Kures,_Voldemar, lk 10
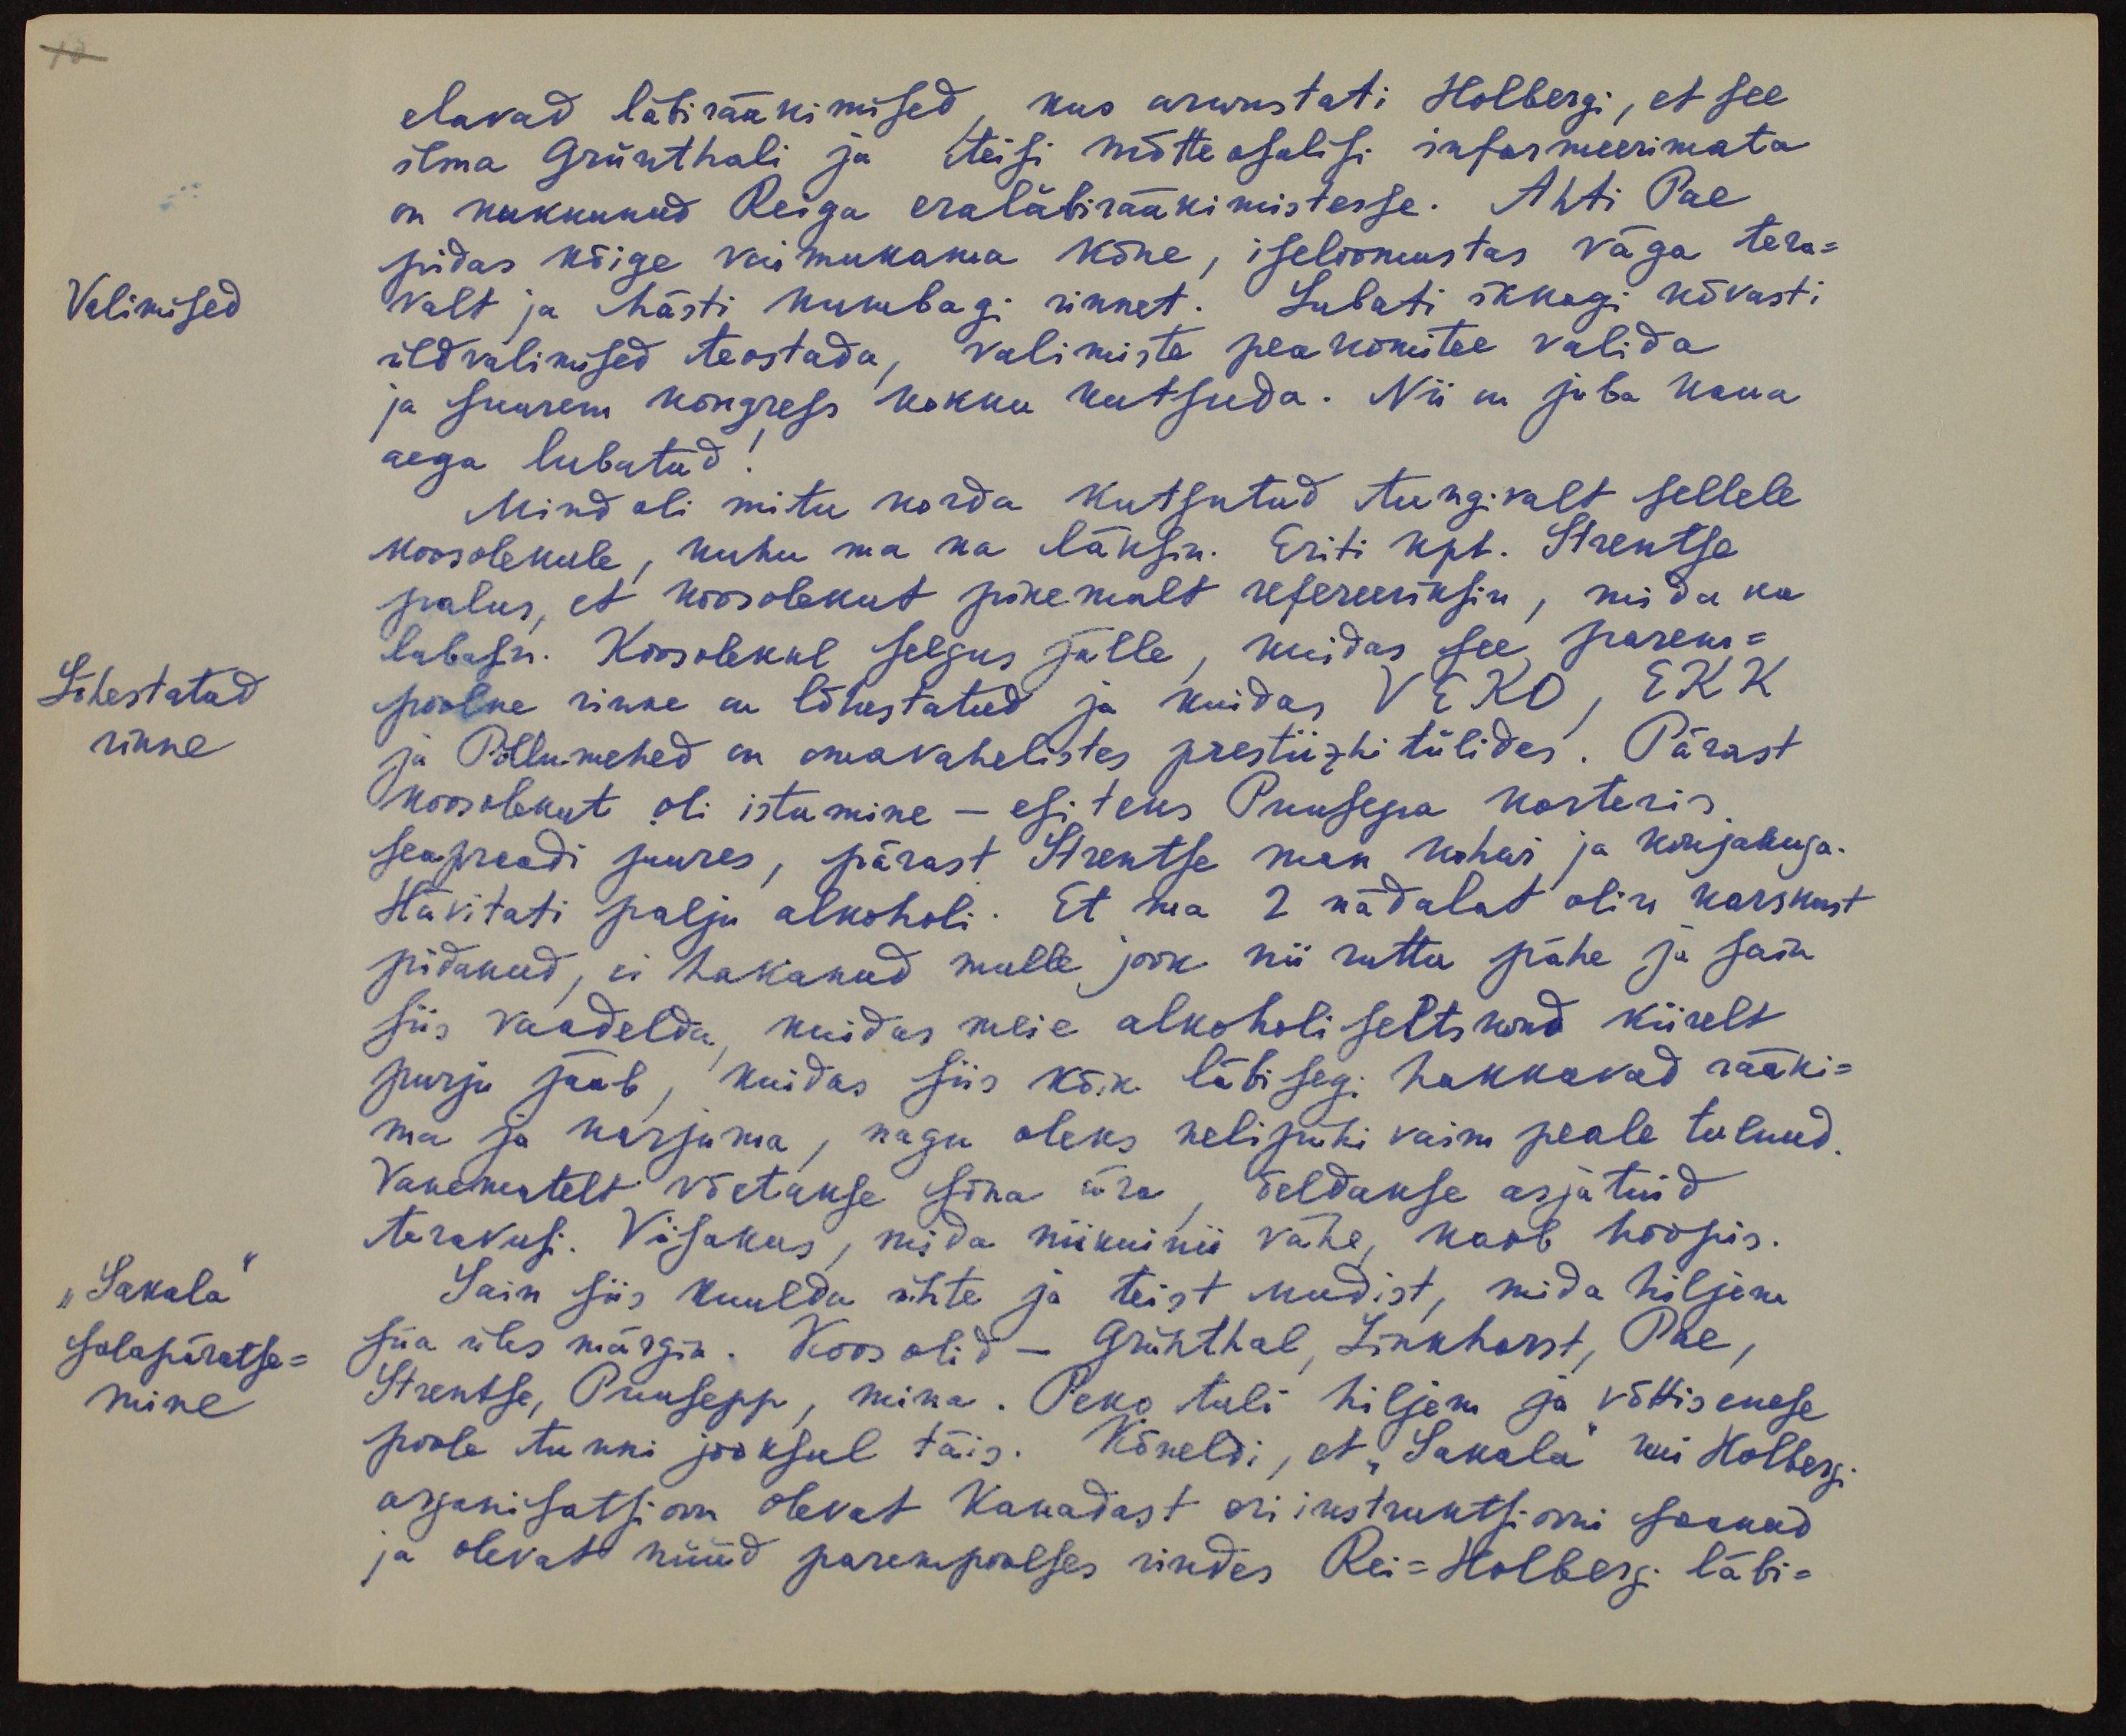
elavad läbirääkimised, kus arwustati Holbergi, et see
ilma Grünthali ja teisi mõtteosalisi informeerimata
on kukkunud Reiga eraläbirääkimistesse. Ahti Pae
pidas kõige vaimukama kõne, iseloomustas väga tera-
Valimised
valt ja hästi kumbagi rinnet. Lubati ikkagi kõvasti
üldvalimised teostada, valimiste peakomitee valida
ja suurem kongress kokku kutsuda. Nii on juba kaua
aega lubatud!
Mind oli mitu korda kutsutud tungivalt sellele
koosolekule, kuhu ma ka läksin. Eriti kpt. Strentse
palus, et koosolekut pikemalt refereeriksin, mida ka
lubasin. Koosolekul selgus jälle, kuidas see parem-
Lõhestatud
rinne
poolne rinne on lõhestatud ja kuidas VEKO, EKK
ja Põllumehed on omavahelistes prestiižhi tülides! Pärast
koosolekut oli istumine - esiteks Puusepa korteris
seapraadi juures, pärast Strentse maa kohas ja konjakuga.
Hävitati palju alkoholi. Et ma 2 nädalat olin karskust
pidanud, ei hakanud mulle jook nii ruttu pähe ja sain
siis vaadelda, kuidas meie alkoholi seltskond kiirelt
purju jääb, kuidas siis kõik läbisegi hakkavad rääki-
ma ja karjuma, nagu oleks nelipühi vaim peale tulnud.
Vanematelt võetakse sina ära, öeldakse asjatuid
teravusi. Viisakus, mida niikuinii vähe, kaob hoopis.
"Sakala"
salapäratse-
mine
Sain siis kuulda ühte ja teist uudist, mida hiljem
siia üles märgin. Koos olid - Grühthal, Linkhorst, Pae,
Strentse, Puusepp, mina. Peko tuli hiljem ja võttis enese
poole tunni jooksul täis. Kõneldi, et "Sakala" kui Holbergi
organisatsioon olevat Kanadast eri instruktsiooni saanud
ja olevat nüüd parempoolses rindes Rei-Holberg läbi-